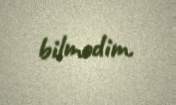
bilmədim.